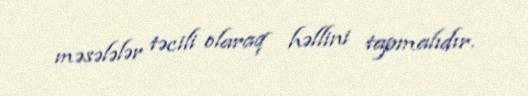
məsələlər təcili olaraq həllini tapmalıdır.